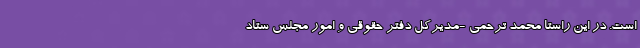
است. در این راستا محمد ترحمی -مدیرکل دفتر حقوقی و امور مجلس ستاد